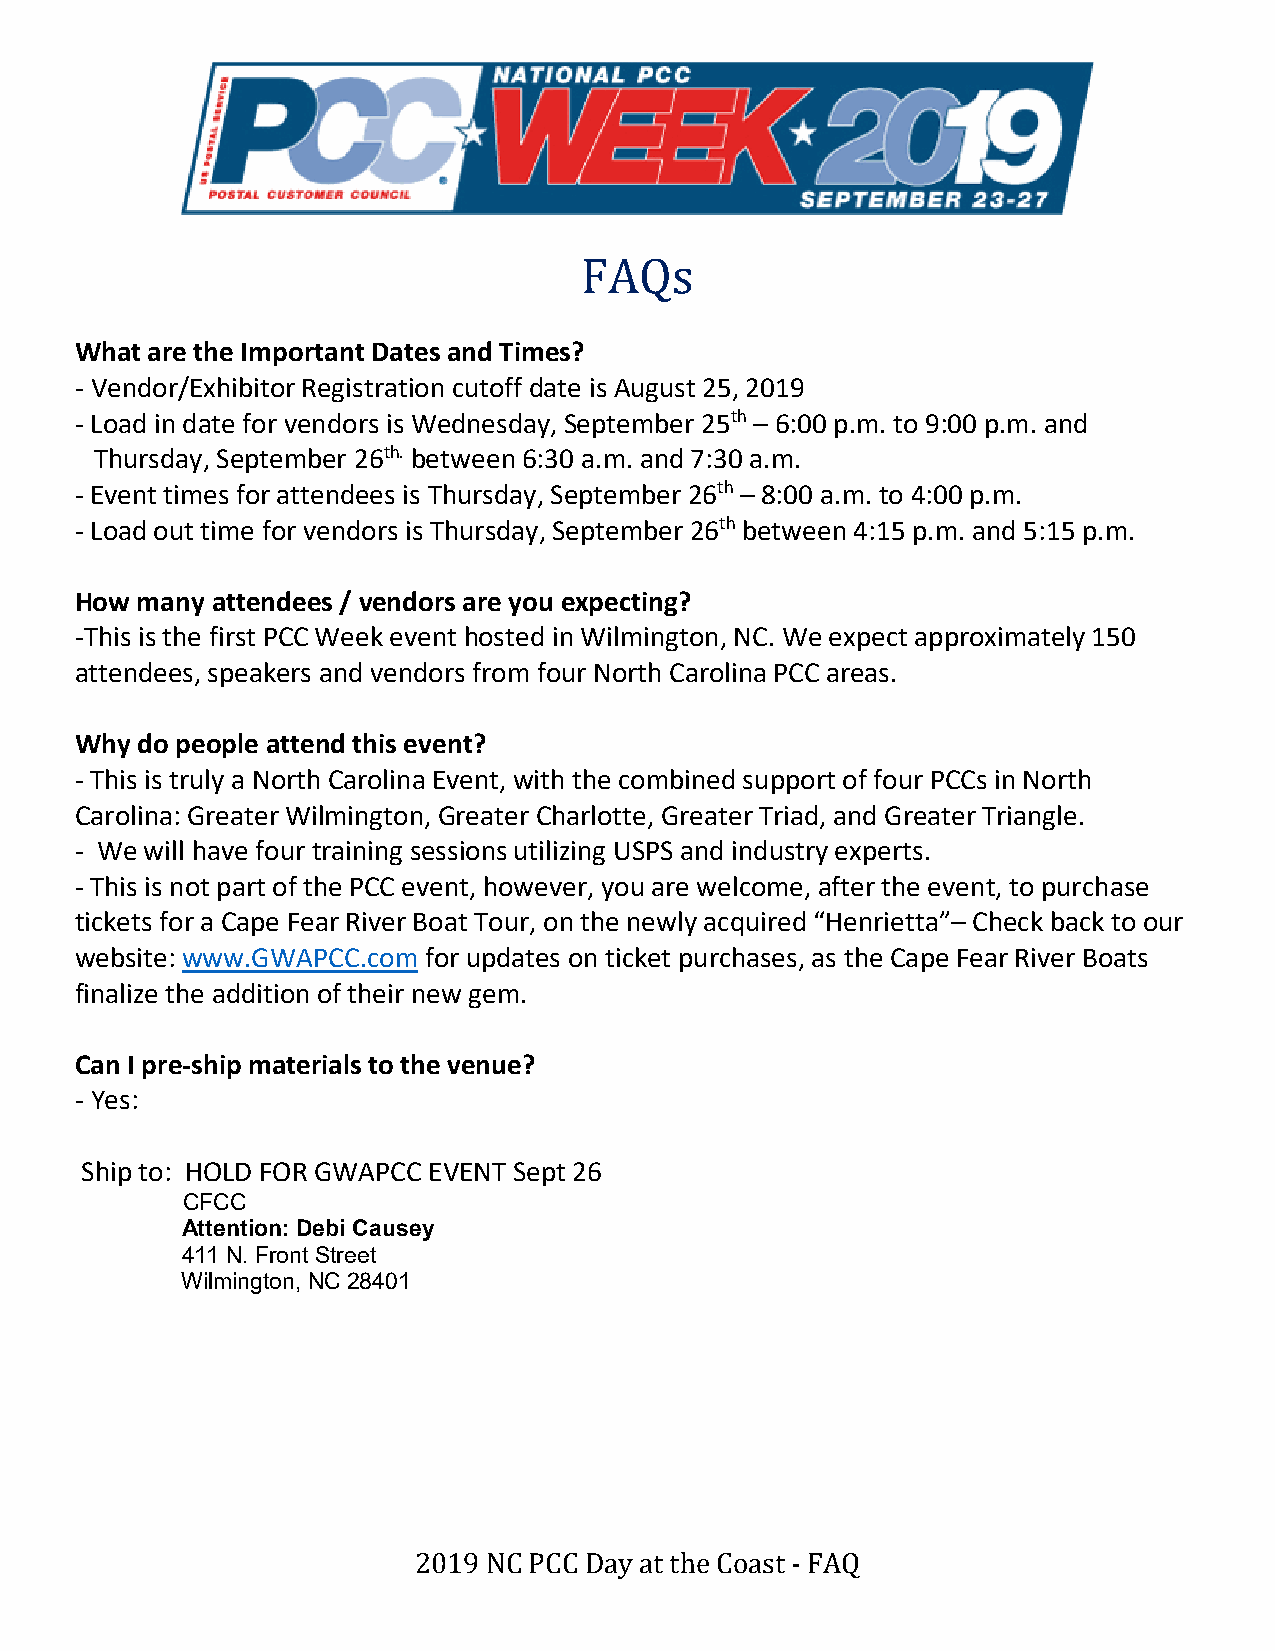
What are the Important Dates and Times?
 FAQs
 - Vendor/Exhibitor Registration cutoff date is August 25, 2019
 - Load in date for vendors is Wednesday, September 25th – 6:00 p.m. to 9:00 p.m. and
 Thursday, September 26th. between 6:30 a.m. and 7:30 a.m.
 - Event times for attendees is Thursday, September 26th – 8:00 a.m. to 4:00 p.m.
 - Load out time for vendors is Thursday, September 26th between 4:15 p.m. and 5:15 p.m.
 How many attendees / vendors are you expecting?
 -This is the first PCC Week event hosted in Wilmington, NC. We expect approximately 150
 attendees, speakers and vendors from four North Carolina PCC areas.
 Why do people attend this event?
 - This is truly a North Carolina Event, with the combined support of four PCCs in North
 Carolina: Greater Wilmington, Greater Charlotte, Greater Triad, and Greater Triangle.
 - We will have four training sessions utilizing USPS and industry experts.
 - This is not part of the PCC event, however, you are welcome, after the event, to purchase
 tickets for a Cape Fear River Boat Tour, on the newly acquired “Henrietta”– Check back to our
 website: www.GWAPCC.com for updates on ticket purchases, as the Cape Fear River Boats
 finalize the addition of their new gem.
 Can I pre-ship materials to the venue?
 - Yes:
 Ship to: HOLD FOR GWAPCC EVENT Sept 26
 CFCC
 Attention: Debi Causey
 411 N. Front Street
 Wilmington, NC 28401
 2019 NC PCC Day at the Coast - FAQ